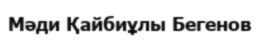
Мәди Қайбиұлы Бегенов